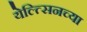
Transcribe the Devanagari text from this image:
येल्त्सिनच्या